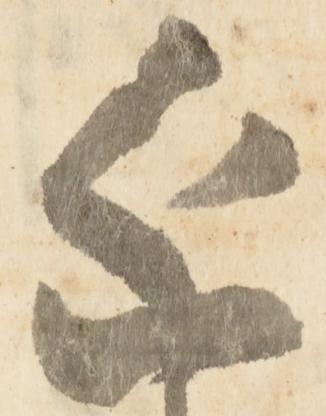
近